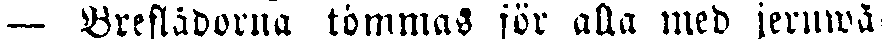
— Breflådorna tömmas för alla med jernwä-